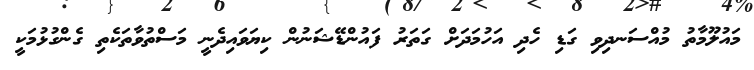
މައުލޫމާތު މުއްސަނދިވި ގަޑި ހެދި އަހުމަދަށް ގަަތަރު ފައުންޑޭޝަނުން ކިޔަވައިދެނީ މަސްތުވާތަކެތި ގެންގުޅުމަކީ